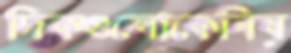
দিকগুলোকেনিয়